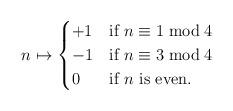
LaTeX: \begin{align*}n \mapsto \begin{cases} +1 & \mbox{if $n\equiv 1 \bmod 4$}\\-1 & \mbox{if $n\equiv 3 \bmod 4$}\\0 & \mbox{if $n$ is even.}\end{cases}\end{align*}